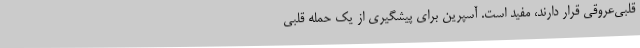
قلبی‌عروقی قرار دارند، مفید است. آسپرین برای پیشگیری از یک حمله قلبی